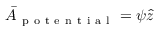
\Bar { A } _ { \mathrm { ~ p ~ o ~ t ~ e ~ n ~ t ~ i ~ a ~ l ~ } } = \psi \hat { z }